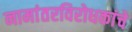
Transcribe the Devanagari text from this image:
नामांतरविरोधकांचे